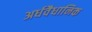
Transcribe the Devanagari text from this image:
अर्धवैधानिक